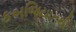
કબજિયાતથી